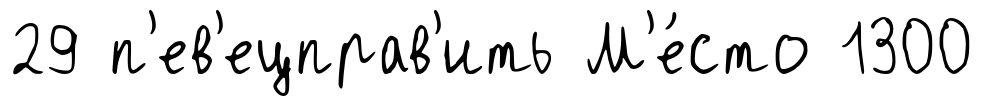
29 п'ев'ецправ'ить М'е́сто 1300